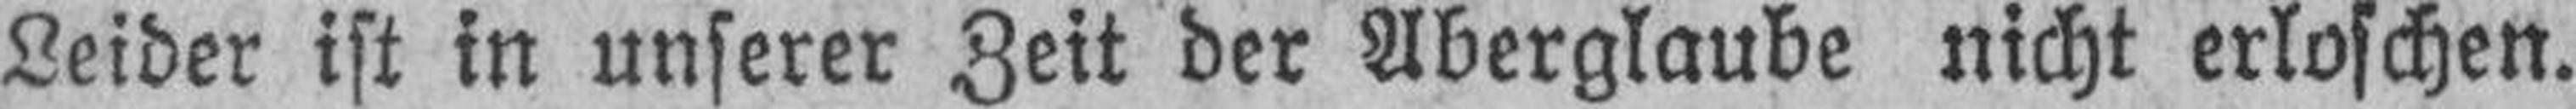
Leider ist in unserer Zeit der Aberglaube nicht erloschen.